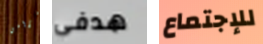
غرامي هدفي للإجتماع